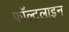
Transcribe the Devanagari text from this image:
फॉल्टलाइन